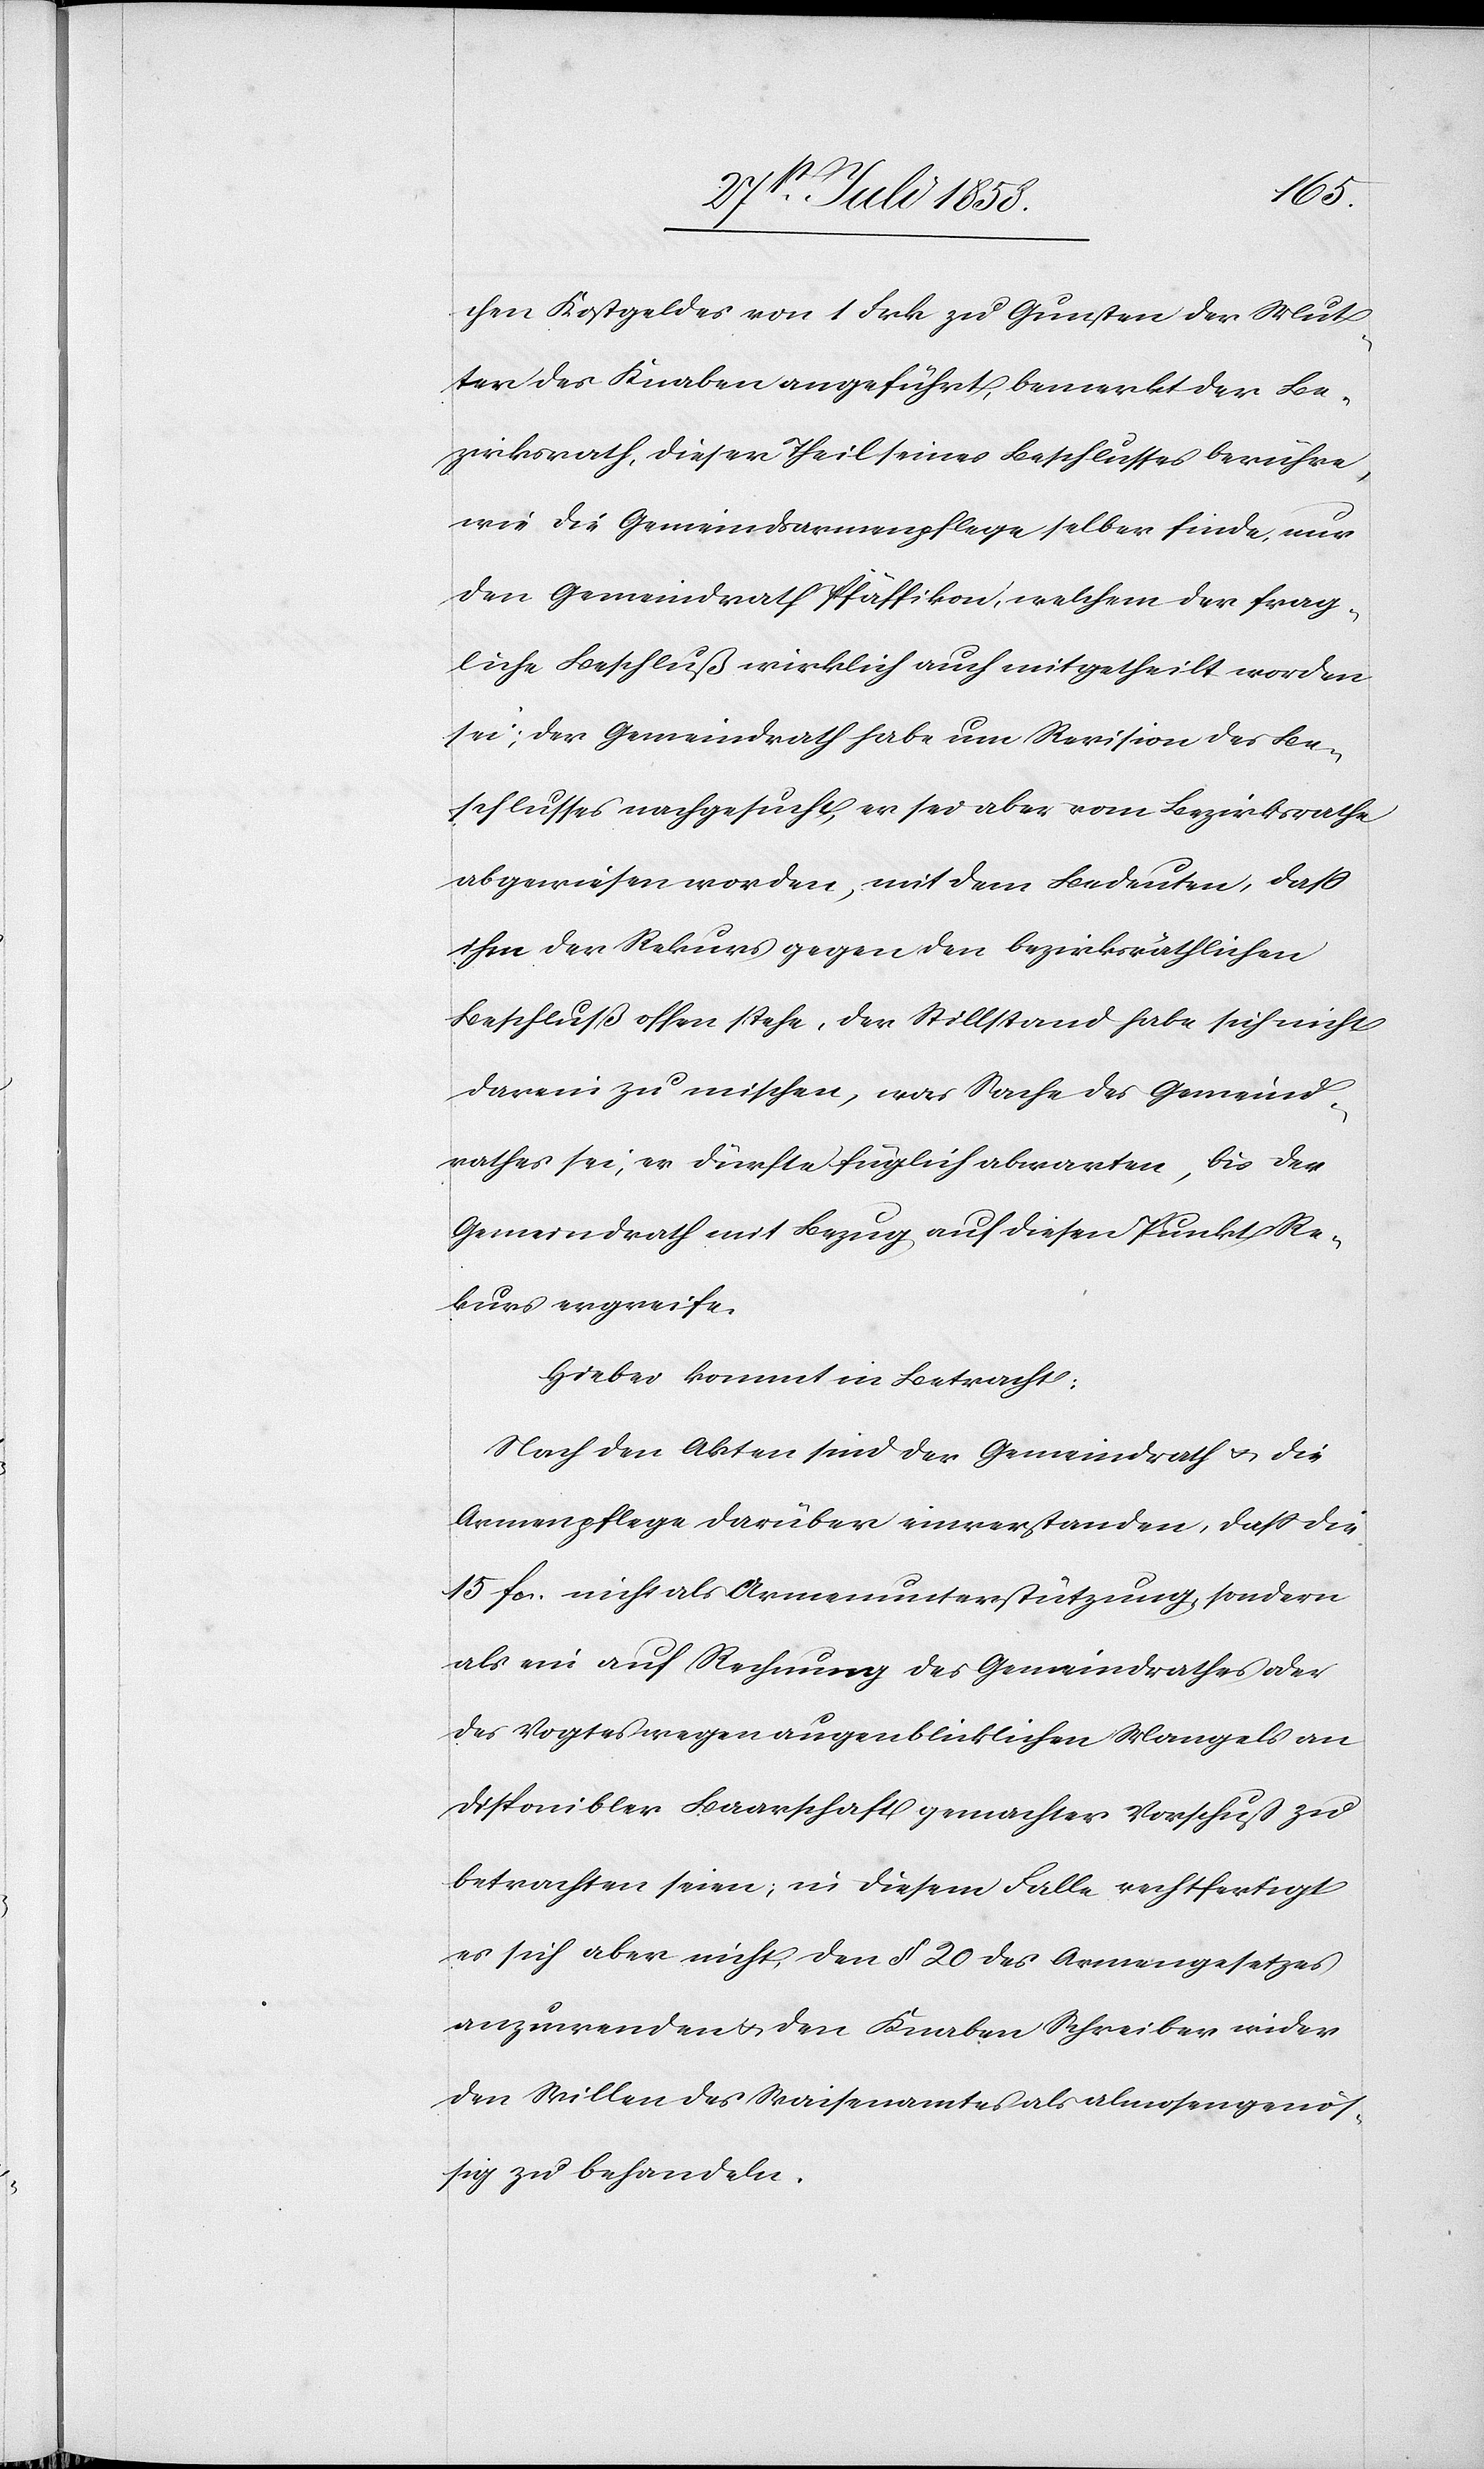
chen Kostgeldes von 1 Frk. zu Gunsten der Mut¬
ter des Knaben angeführt, bemerkt der Be¬
zirksrath, dieser Theil seines Beschlusses berühre,
wie die Gemeindsarmenpflege selber finde, nur
den Gemeindrath Pfäffikon, welchem der frag¬
liche Beschluß wirklich auch mitgetheilt worden
sei; der Gemeindrath habe um Revision des Be¬
schlusses nachgesucht, er sei aber vom Bezirksrathe
abgewiesen worden, mit dem Bedeuten, dass
ihm der Rekurs gegen den bezirksräthlichen
Beschluß offen stehe, der Stillstand habe sich nicht
darein zu mischen, was Sache des Gemeind¬
rathes sei, er dürfte füglich abwarten, bis der
Gemeindrath mit Bezug auf diesen Punkt Re¬
kurs ergreife.
Hiebei kommt in Betracht:
Nach den Akten sind der Gemeindrath & die
Armenpflege darüber einverstanden, dass die
15 fcs. nicht als Armenunterstützung, sondern
als ein auf Rechnung des Gemeindrathes oder
des Vogtes wegen augenblicklichen Mangels an
disponibler Baarschaft gemachter Vorschuß zu
betrachten seien; in diesem Falle rechtfertigt
es sich aber nicht, den § 20 des Armengesetzes
anzuwenden & den Knaben Schreiber wider
den Willen des Waisenamtes als almosengenös¬
sig zu behandeln.